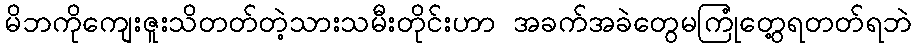
မိဘကိုကျေးဇူးသိတတ်တဲ့သားသမီးတိုင်းဟာ အခက်အခဲတွေမကြုံတွေ့ရတတ်ရဘဲ